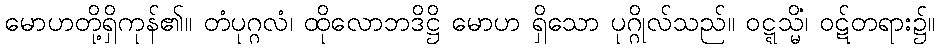
မောဟတို့ရှိကုန်၏။ တံပုဂ္ဂလံ၊ ထိုလောဘဒိဋ္ဌိ မောဟ ရှိသော ပုဂ္ဂိုလ်သည်။ ဝဋ္ဋသ္မိံ၊ ဝဋ်တရား၌။